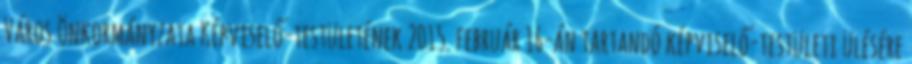
Város Önkormányzata Képviselő-testületének 2015. február 16-án tartandó képviselő-testületi ülésére